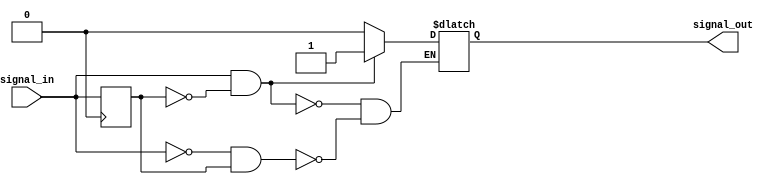
module Schmitt_trigger_inverter (
    input wire signal_in,
    output reg signal_out
);

reg previous_signal;

always @ (signal_in)
begin
    if (signal_in && !previous_signal)
        signal_out <= 1'b1;
    else if (!signal_in && previous_signal)
        signal_out <= 1'b0;
end

always @ (posedge clk)
begin
    previous_signal <= signal_in;
end

endmodule